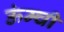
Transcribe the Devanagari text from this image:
ऊंम्ची